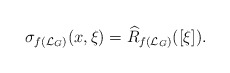
\begin{align*} \sigma_{f(\mathcal{L}_G)}(x,\xi)=\widehat{R}_{f(\mathcal{L}_G)}([\xi]).\end{align*}